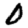
Digit: 0